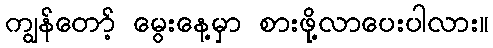
ကျွန်တော့် မွေးနေ့မှာ စားဖို့လာပေးပါလား။